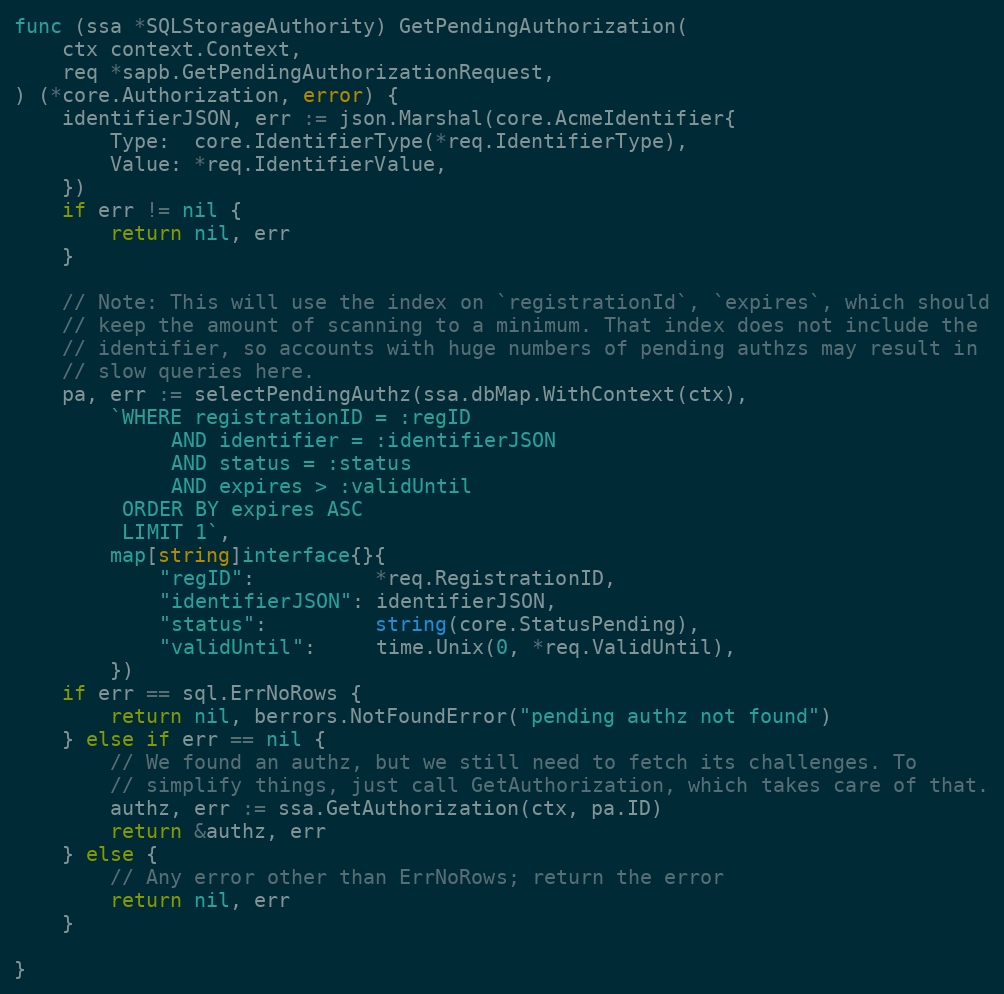
Language: Go
func (ssa *SQLStorageAuthority) GetPendingAuthorization(
	ctx context.Context,
	req *sapb.GetPendingAuthorizationRequest,
) (*core.Authorization, error) {
	identifierJSON, err := json.Marshal(core.AcmeIdentifier{
		Type:  core.IdentifierType(*req.IdentifierType),
		Value: *req.IdentifierValue,
	})
	if err != nil {
		return nil, err
	}

	// Note: This will use the index on `registrationId`, `expires`, which should
	// keep the amount of scanning to a minimum. That index does not include the
	// identifier, so accounts with huge numbers of pending authzs may result in
	// slow queries here.
	pa, err := selectPendingAuthz(ssa.dbMap.WithContext(ctx),
		`WHERE registrationID = :regID
			 AND identifier = :identifierJSON
			 AND status = :status
			 AND expires > :validUntil
		 ORDER BY expires ASC
		 LIMIT 1`,
		map[string]interface{}{
			"regID":          *req.RegistrationID,
			"identifierJSON": identifierJSON,
			"status":         string(core.StatusPending),
			"validUntil":     time.Unix(0, *req.ValidUntil),
		})
	if err == sql.ErrNoRows {
		return nil, berrors.NotFoundError("pending authz not found")
	} else if err == nil {
		// We found an authz, but we still need to fetch its challenges. To
		// simplify things, just call GetAuthorization, which takes care of that.
		authz, err := ssa.GetAuthorization(ctx, pa.ID)
		return &authz, err
	} else {
		// Any error other than ErrNoRows; return the error
		return nil, err
	}

}